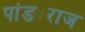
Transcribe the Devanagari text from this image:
पांड्यराज